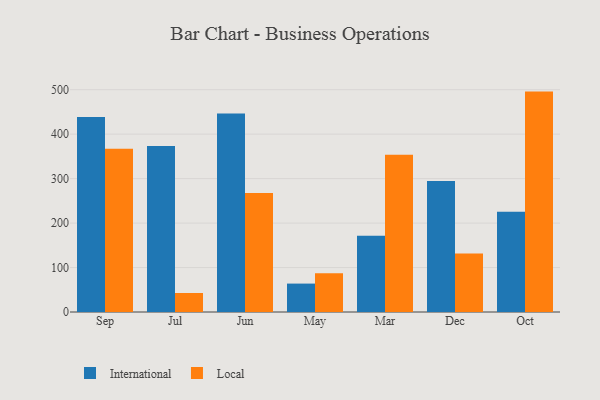
{"axis": {"x": "Month", "y": "Population (Million)"}, "legend": ["International", "Local"], "data": [{"x": "Sep", "y": 438.3, "type": "International"}, {"x": "Sep", "y": 367.0, "type": "Local"}, {"x": "Jul", "y": 373.4, "type": "International"}, {"x": "Jul", "y": 42.7, "type": "Local"}, {"x": "Jun", "y": 446.3, "type": "International"}, {"x": "Jun", "y": 267.4, "type": "Local"}, {"x": "May", "y": 63.9, "type": "International"}, {"x": "May", "y": 87.0, "type": "Local"}, {"x": "Mar", "y": 171.4, "type": "International"}, {"x": "Mar", "y": 353.8, "type": "Local"}, {"x": "Dec", "y": 294.5, "type": "International"}, {"x": "Dec", "y": 131.8, "type": "Local"}, {"x": "Oct", "y": 225.2, "type": "International"}, {"x": "Oct", "y": 495.7, "type": "Local"}]}